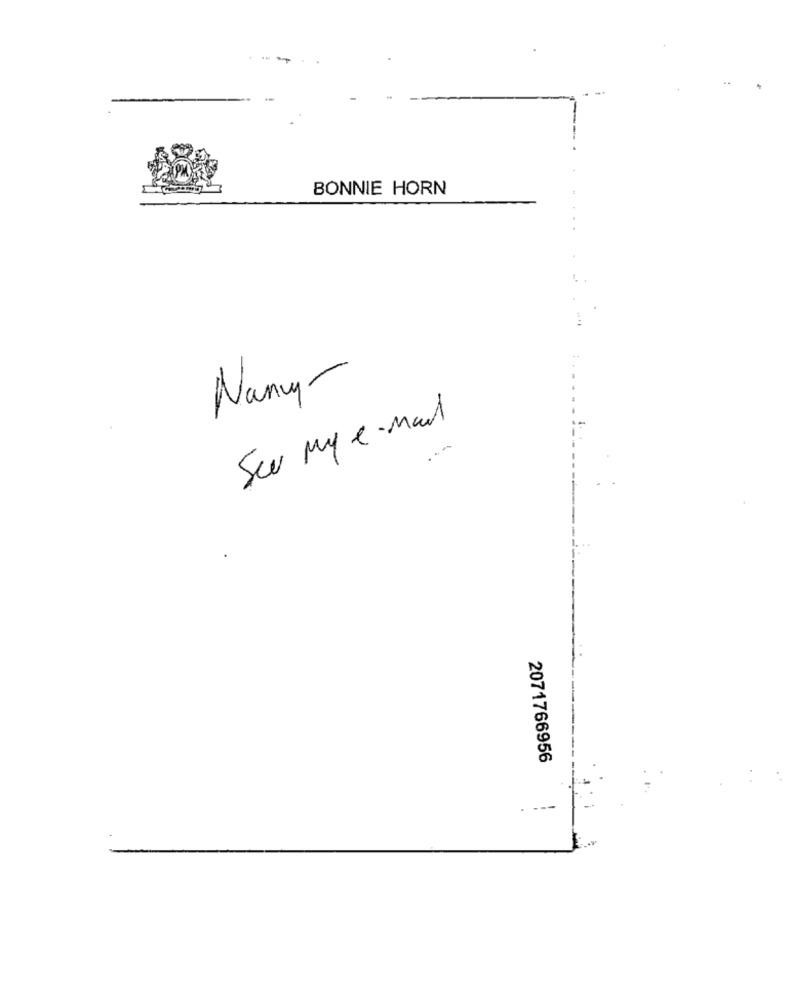
BONNIE HORN
Nancy-
See my e-mail
....
2071766956
----